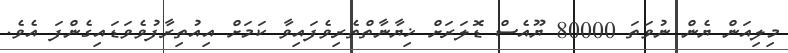
މިލިއަން ޔެން ނުވަތަ 80000 ޔޫއެސް ޑޮލަރަށް ޚިޔާނާތްތެރިވެފައިވާ ކަމަށް އިއުތިރާފުވެވަޑައިގެންފަ އެެވެ.